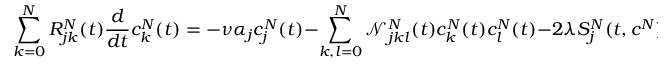
\sum _ { k = 0 } ^ { N } R _ { j k } ^ { N } ( t ) \frac { d } { d t } c _ { k } ^ { N } ( t ) = - \nu \alpha _ { j } c _ { j } ^ { N } ( t ) - \sum _ { k , l = 0 } ^ { N } \mathcal { N } _ { j k l } ^ { N } ( t ) c _ { k } ^ { N } ( t ) c _ { l } ^ { N } ( t ) - 2 \lambda S _ { j } ^ { N } ( t , c ^ { N } ) ,